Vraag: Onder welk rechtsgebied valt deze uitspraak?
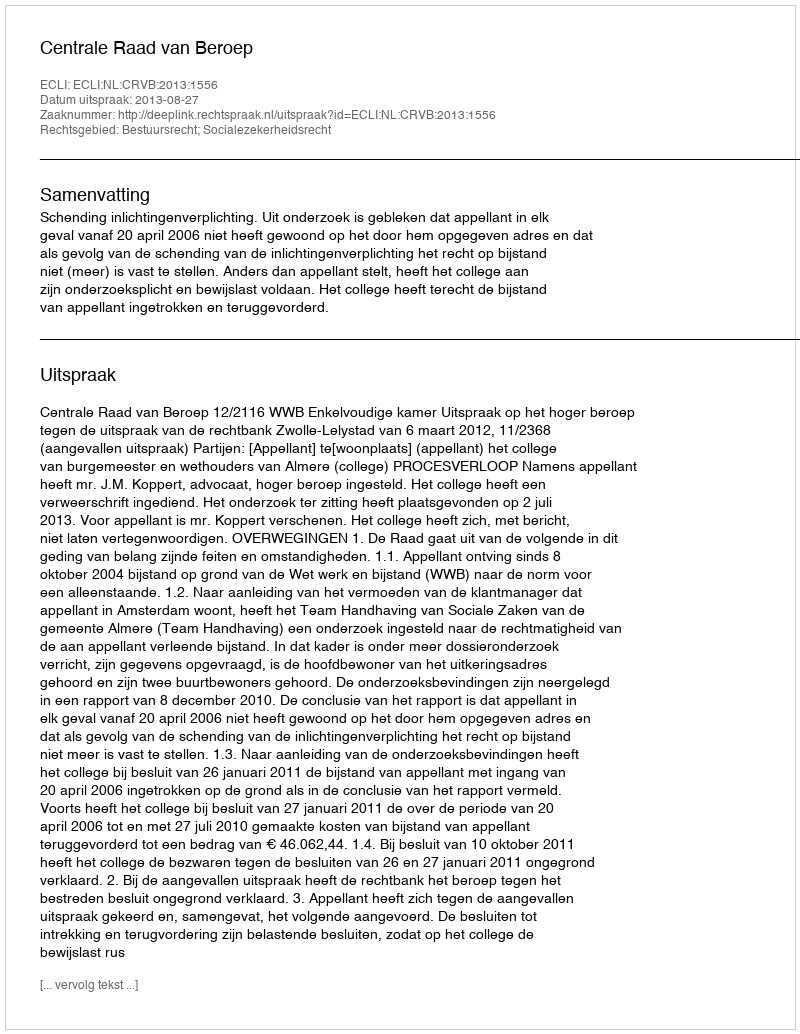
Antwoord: Bestuursrecht; Socialezekerheidsrecht